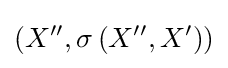
\left(X^{\prime \prime },\sigma \left(X^{\prime \prime },X^{\prime }\right)\right)